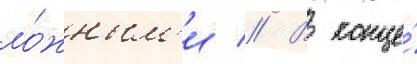
ло́жным'и // В конце́